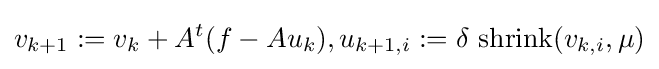
v_{k+1}:=v_{k}+A^{t}(f-Au_{k}),u_{k+1,i}:=\delta ~{\text{shrink}}(v_{k,i},\mu )